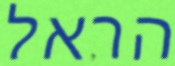
הראל